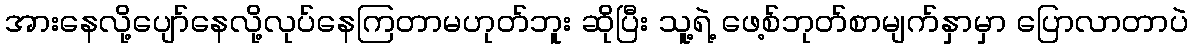
အားနေလို့ပျော်နေလို့လုပ်နေကြတာမဟုတ်ဘူး ဆိုပြီး သူ့ရဲ့ ဖေ့စ်ဘုတ်စာမျက်နှာမှာ ပြောလာတာပဲ